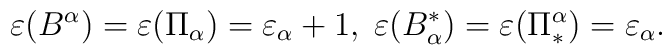
\varepsilon(B^{\alpha})=\varepsilon(\Pi_{\alpha})=\varepsilon_{\alpha}+1,\;\varepsilon(B_{\alpha}^{\ast})=\varepsilon(\Pi_{\ast}^{\alpha})=\varepsilon_{\alpha}.